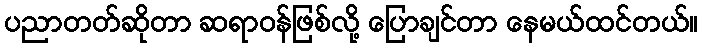
ပညာတတ်ဆိုတာ ဆရာဝန်ဖြစ်လို့ ပြောချင်တာ နေမယ်ထင်တယ်။